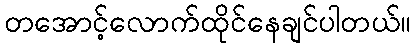
တအောင့်လောက်ထိုင်နေချင်ပါတယ်။